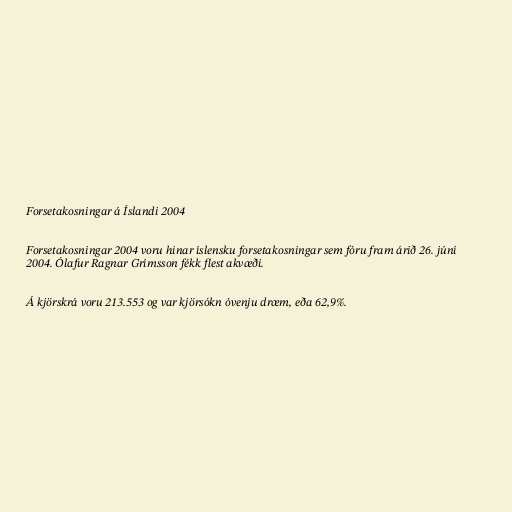
Forsetakosningar á Íslandi 2004

Forsetakosningar 2004 voru hinar íslensku forsetakosningar sem fóru fram árið 26. júní
2004. Ólafur Ragnar Grímsson fékk flest akvæði.

Á kjörskrá voru 213.553 og var kjörsókn óvenju dræm, eða 62,9%.